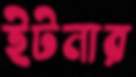
ইটনার